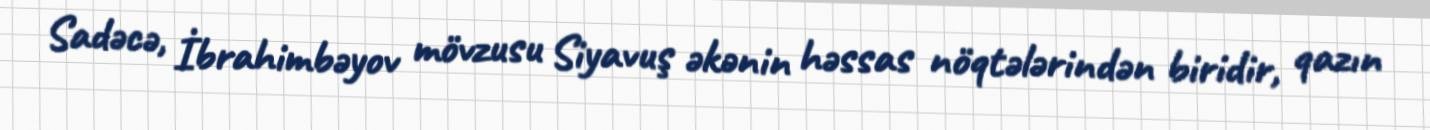
Sadəcə, İbrahimbəyov mövzusu Siyavuş əkənin həssas nöqtələrindən biridir, qazın